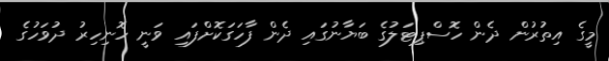
މީގެ އިތުރުން ދެން ހޮސްޕިޓަލުގެ ބަޔާނުގައި ދެން ފާހަގަކޮށްފައި ވަނީ ހޮނިހިރު ދުވަހުގެ